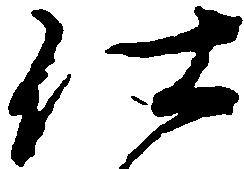
仕